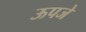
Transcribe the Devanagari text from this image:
ऊपजे